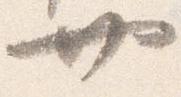
廿